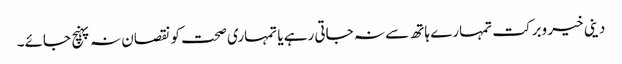
دینی خیر وبرکت تمہارے ہاتھ سے نہ جاتی رہے یا تمہاری صحت کو نقصان نہ پہنچ جائے۔